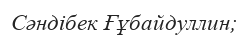
Сәндібек Ғұбайдуллин;